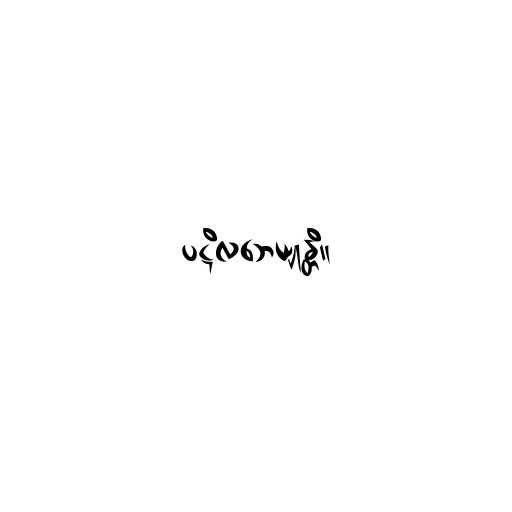
ပဋိလဘေယျုန္တိ။